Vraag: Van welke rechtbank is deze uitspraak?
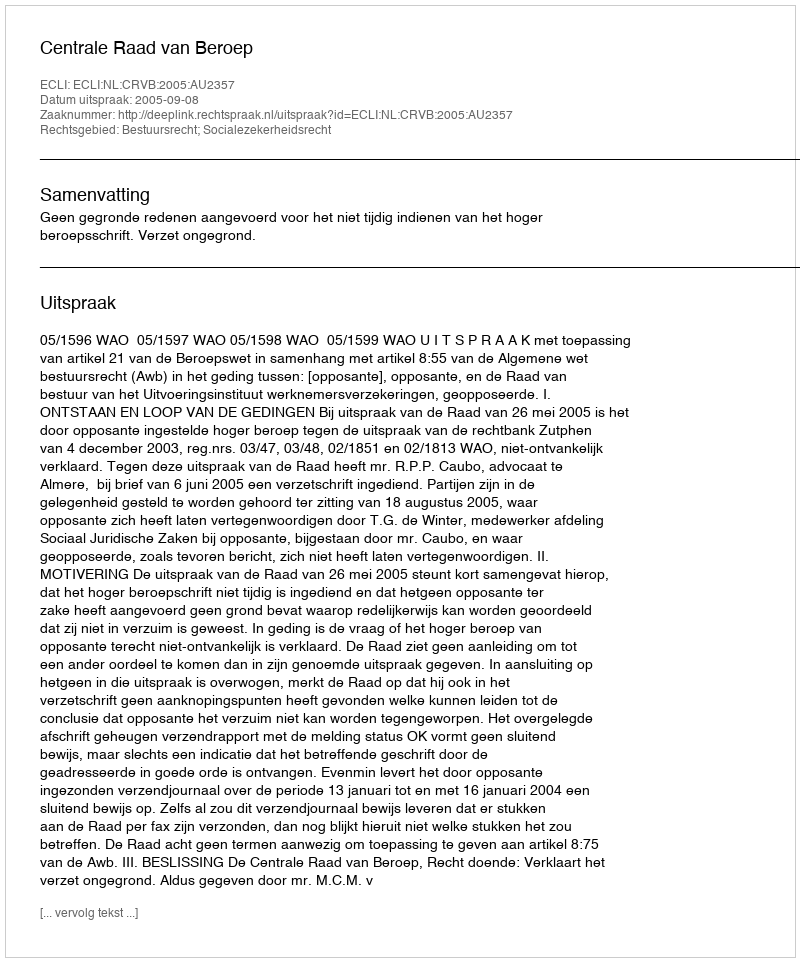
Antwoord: Centrale Raad van Beroep